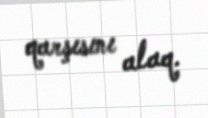
qarşısını alaq.